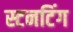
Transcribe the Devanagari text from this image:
स्टनटिंग